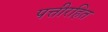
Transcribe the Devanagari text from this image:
पत्तीरहित